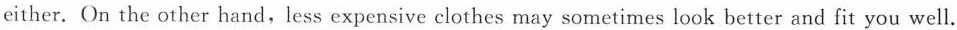
either. On the other hand, less expensive clothes may sometimes look better and fit you well.